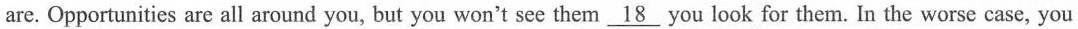
are. Opportunities are all around you, but you won't see them \underline{18} you look for them. In the worse case, you